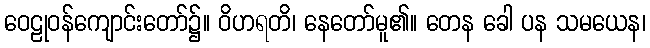
ဝေဠုဝန်ကျောင်းတော်၌။ ဝိဟရတိ၊ နေတော်မူ၏။ တေန ခေါ ပန သမယေန၊